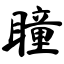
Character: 瞳